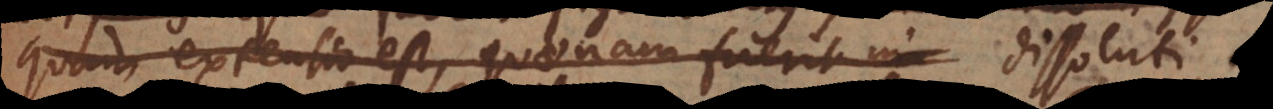
quam extensio est, quaenam fuerit in